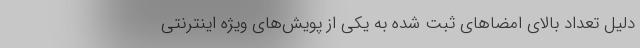
دلیل تعداد بالای امضاهای ثبت شده به یکی از پویش‌های ویژه اینترنتی